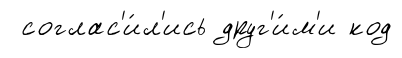
соглас'и́л'ись друг'и́м'и код